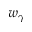
w _ { \gamma }